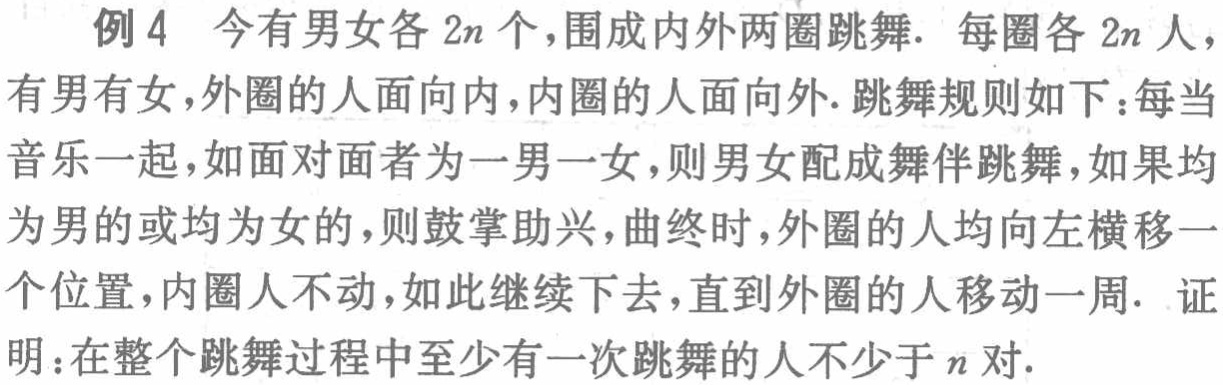
例 4 今有男女各 \(2n\) 个，围成内外两圈跳舞. 每圈各 \(2n\) 人，有男有女，外圈的人面向内，内圈的人面向外. 跳舞规则如下：每当音乐一起，如面对面者为一男一女，则男女配成舞伴跳舞，如果均为男的或均为女的，则鼓掌助兴，曲终时，外圈的人均向左横移一个位置，内圈人不动，如此继续下去，直到外圈的人移动一周. 证明：在整个跳舞过程中至少有一次跳舞的人不少于 \(n\) 对.